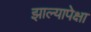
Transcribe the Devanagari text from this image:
झाल्यापेक्षा